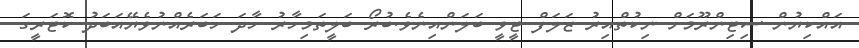
އައްކިޔުން ސިޓިންރޫމަށް ނިކުތްއިރު ޒަލަފް ޓީވީ ބަލަންއިނެވެ.ބުރޯ ބަލީތަމިހާރު ހާދަ ހަބަރެއްނުވެޔޭއަބަދު ކޮޓަރީގަ